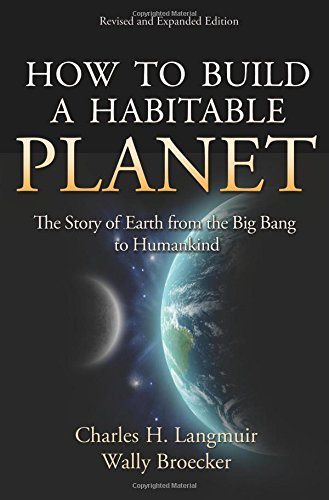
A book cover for How to Build a Habitable Planet: The Story of Earth from the Big Bang to Humankind; Charles H. Langmuir; Science & Math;